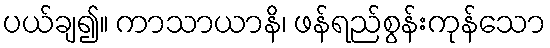
ပယ်ချ၍။ ကာသာယာနိ၊ ဖန်ရည်စွန်းကုန်သော